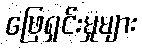
ဖြေရှင်းမှုများ